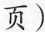
页)